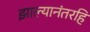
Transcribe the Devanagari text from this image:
झाल्यानंतरहि